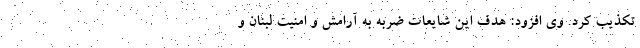
تکذیب کرد. وی افزود: هدف این شایعات ضربه به آرامش و امنیت لبنان و